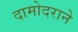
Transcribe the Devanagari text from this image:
दामोदराने